Annual administration report of the Civil Veterinary Department, Sind - 1940-1941
Year: 1940
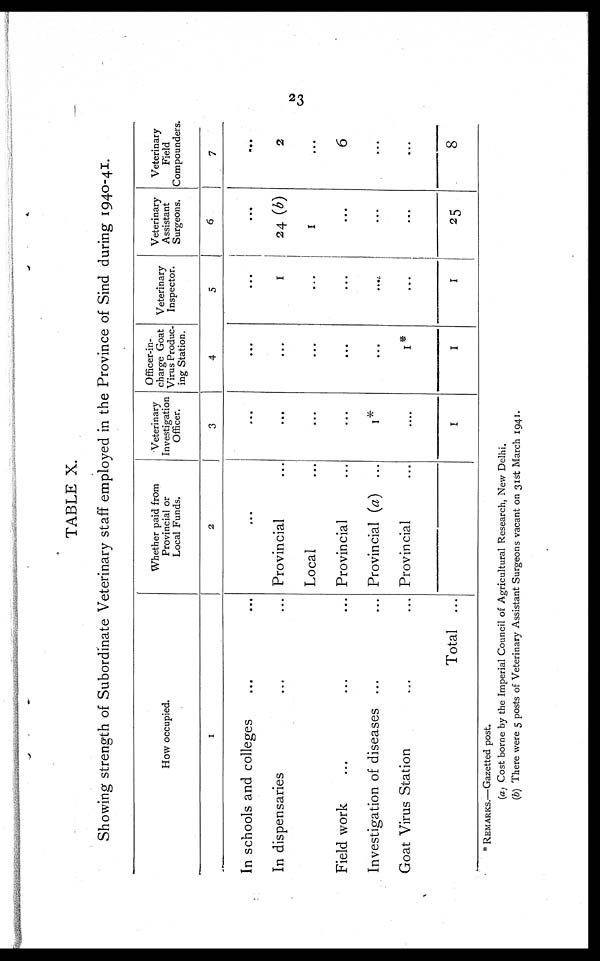
23
TABLE X.
Showing strength of Subordinate Veterinary staff employed in the Province of Sind during 1940-41.
How occupied.
1
In schools and colleges ... ...
In dispensaries ... ...
Field work ... ... ...
Investigation of diseases ... ...
Goat Virus Station ... ...
Total ...
Whether paid from
Provincial or
Local Funds.
2
...
Provincial ...
Local ...
Provincial ...
Provincial (a) ...
Provincial ...
Veterinary
Investigation
Officer.
3
...
...
...
...
1*
....
1
Officer-in-
charge Goat
Virus Produc-
ing Station.
4
...
...
...
...
...
1*
1
Veterinary
Inspector.
5
...
1
...
...
...
...
1
Veterinary
Assistant
Surgeons.
6
...
24 (b)
1
...
...
...
25
Veterinary
Field
Compounders.
7
...
2
...
6
...
...
8
* REMARKS.—Gazetted post.
(a) Cost borne by the Imperial Council of Agricultural Research, New Delhi.
(b) There were 5 posts of Veterinary Assistant Surgeons vacant on 31st March 1941.